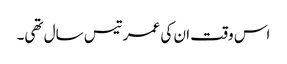
اس وقت ان کی عمر تیس سال تھی۔